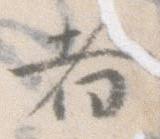
者